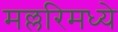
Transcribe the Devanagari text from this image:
मल्लरिमध्ये